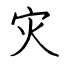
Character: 灾